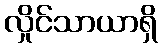
လှိုင်သာယာရှိ